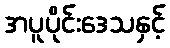
အပူပိုင်းဒေသနှင့်